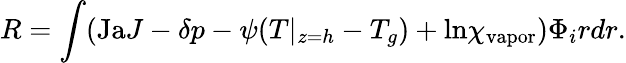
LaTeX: R=\int(\mathrm{Ja}J-\delta p-\psi(T|_{z=h}-T_{g})+\mathrm{ln}\chi_{\mathrm{vapor}})\Phi_{i}rdr.